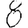
Digit: 8